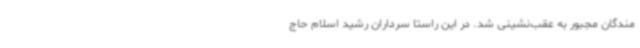
مندگان مجبور به عقب‌نشینی شد. در این راستا سرداران رشید اسلام حاج